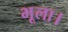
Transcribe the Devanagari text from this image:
भूला।